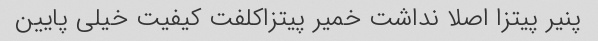
پنیر پیتزا اصلا نداشت خمیر پیتزاکلفت کیفیت خیلی پایین